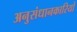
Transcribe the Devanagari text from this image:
अनुसंधानकारियों